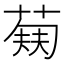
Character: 𬝥